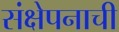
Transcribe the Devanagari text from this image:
संक्षेपनाची